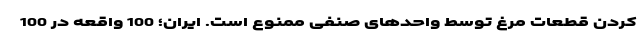
کردن قطعات مرغ توسط واحدهای صنفی ممنوع است. ایران؛ 100 واقعه در 100